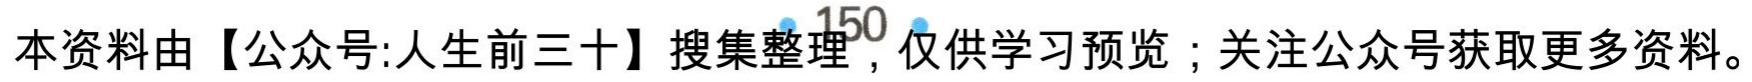
本资料由【公众号:人生前三十】搜集整理，仅供学习预览；关注公众号获取更多资料。